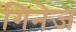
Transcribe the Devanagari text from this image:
गिनेज